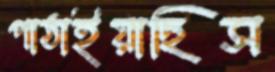
পাঠাইয়াছিস